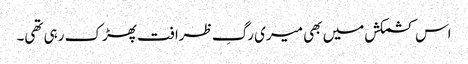
اس کشمکش میں بھی میری رگِ ظرافت پھڑک رہی تھی۔